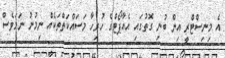
އެ މިނިސްޓްރީ އިން ބުނި ގޮތުގައި އެއާޕޯޓްގެ ހުރިހާ މަސައްކަތްތަކެއް ނިމުނު ނަމަވެސް